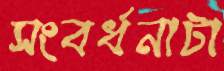
সংবর্ধনাটা